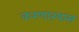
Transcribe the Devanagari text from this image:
करणाऱयास